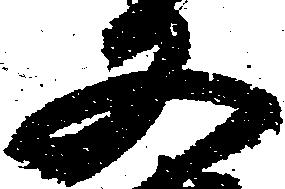
又